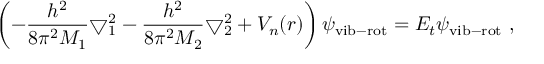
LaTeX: \left( - \frac { h ^ { 2 } } { 8 \pi ^ { 2 } M _ { 1 } } \bigtriangledown _ { 1 } ^ { 2 } - \frac { h ^ { 2 } } { 8 \pi ^ { 2 } M _ { 2 } } \bigtriangledown _ { 2 } ^ { 2 } + V _ { n } ( r ) \right) \psi _ { \mathrm { v i b - r o t } } = E _ { t } \psi _ { \mathrm { v i b - r o t } } ~ ,